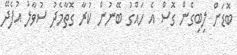
ބޮޑަށް ލިބިގެން ގޮސް އެ ހައްގު ބޭނުން ކުރާ ގޮތާމެދު ސުވާލު އުފެދޭ